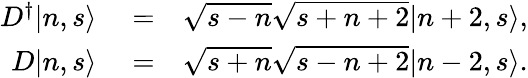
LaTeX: \begin{array}{rlr}{D^{\dagger}|n,s\rangle}&{{}=}&{\sqrt{s-n}\sqrt{s+n+2}|n+2,s\rangle,}\\ {D|n,s\rangle}&{{}=}&{\sqrt{s+n}\sqrt{s-n+2}|n-2,s\rangle.}\end{array}